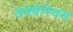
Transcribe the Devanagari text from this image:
अक्वेरियस